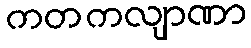
ကတကလျာဏာ